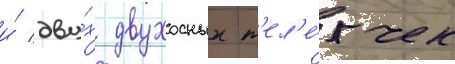
и́ дву́х двухосных т'ел'е́жек